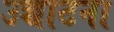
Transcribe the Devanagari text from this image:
उच्चाटना